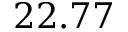
2 2 . 7 7